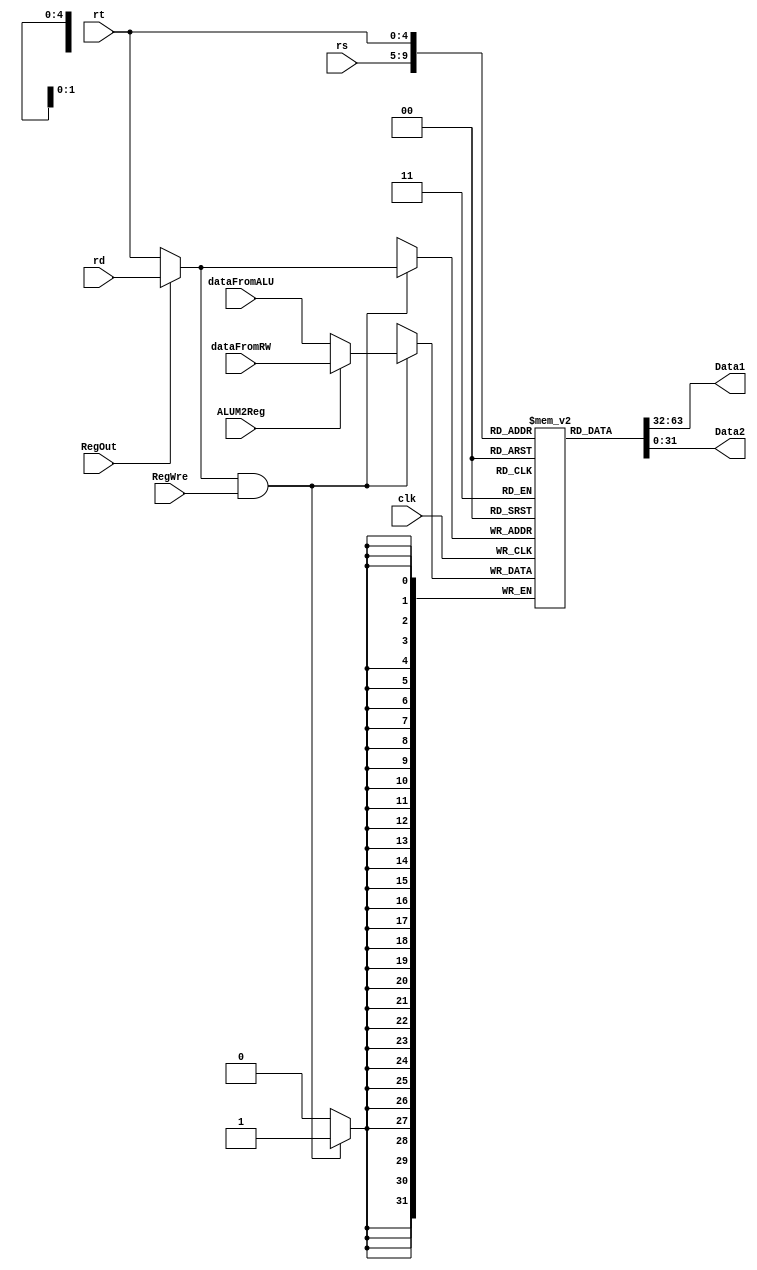
`timescale 1ns / 1ps
 
module registerFile(clk, RegWre, RegOut, rs, rt, rd, ALUM2Reg, dataFromALU, dataFromRW, Data1, Data2);
    input clk, RegOut, RegWre, ALUM2Reg;
	 input [4:0] rs, rt, rd;
	 input [31:0] dataFromALU, dataFromRW;
	 output [31:0] Data1, Data2;
	 
	 
	 wire [4:0] writeReg;
	 wire [31:0] writeData;
	 assign writeReg = RegOut? rd : rt;
	 assign writeData = ALUM2Reg? dataFromRW : dataFromALU;
	 
	 reg [31:0] register[0:31];
	 integer i;
	 initial begin
	     register[0] = 0;
	 end
	 
	 // outputregister
     // Data1 ALUAsllA16
     // Data2 ALUBrt
	 assign Data1 = register[rs];
	 assign Data2 = register[rt];
	 
	 // Write Reg
	 /*
	 always @(negedge clk or RegOut )//or RegWre or ALUM2Reg or writeReg or writeData) 
	 begin
	     if (RegWre && writeReg) 
	     register[writeReg] = writeData;  // 0
	 end  
	*/
    always @(posedge clk) begin
   // rd != 0 
    if (writeReg && RegWre) begin
      register[writeReg] = writeData;
    end
  end
	 
     
	 
	 
 
endmodule